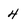
Character: 4